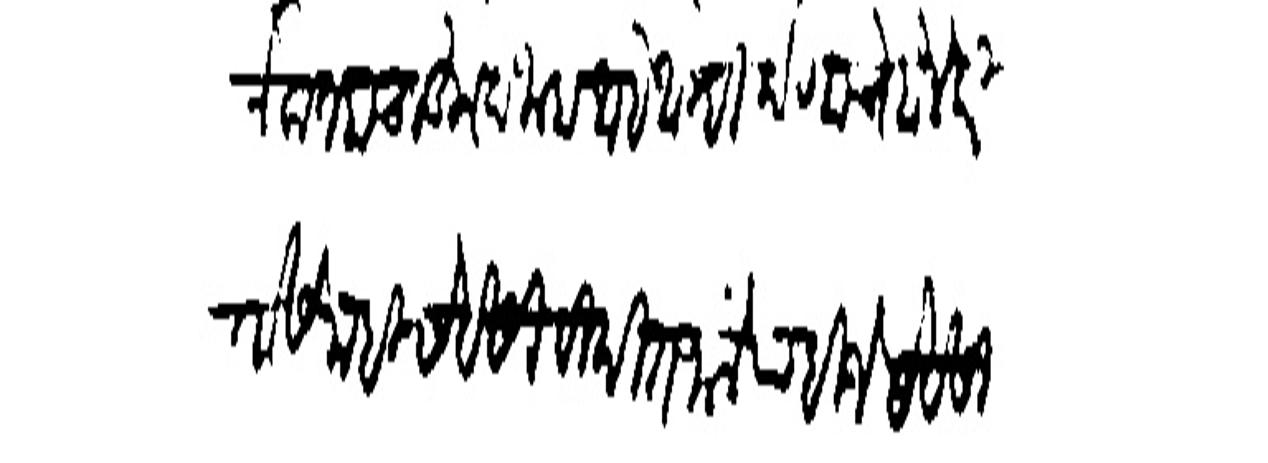
Transliteration (Devanagari):
ने कतबाच लहून बिल्हा आहे आम्ही कोणाचे बोले करितोसे नाही सेवेसी विदित जाले पाहिजे संवेसी